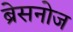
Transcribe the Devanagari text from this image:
ब्रेसनोज